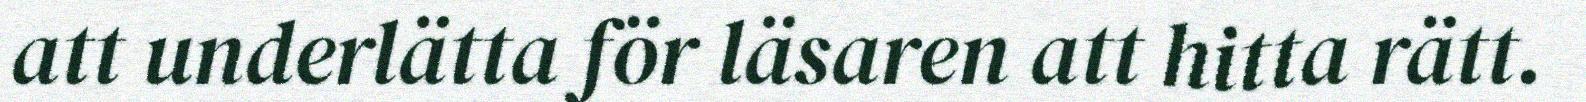
att underlätta för läsaren att hitta rätt.